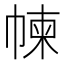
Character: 𢃿